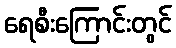
ရေစီးကြောင်းတွင်